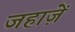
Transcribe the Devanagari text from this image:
जहाज़ें